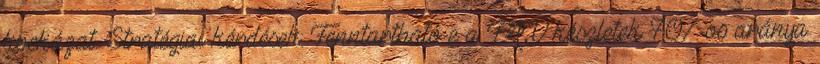
kockázat. Stratégiai kérdések: Fenntartható-e a FAV készletek 70%-os aránya